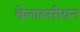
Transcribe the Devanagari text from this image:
बेलारूसीयन